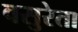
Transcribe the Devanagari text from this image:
वसुरेता